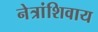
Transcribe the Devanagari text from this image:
नेत्रांशिवाय